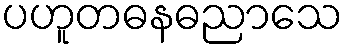
ပဟူတဓနဓညာသေ